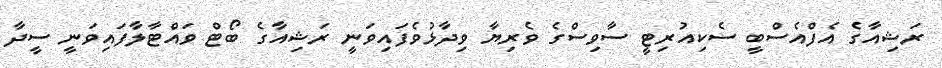
ރަޝިއާގެ އެފްއެސްބީ ސެކިއުރިޓީ ސާވިސްގެ ވެރިޔާ ވިދާޅުވެފައިވަނީ ރަޝިއާގެ ބޯޓް ވައްޓާލާފައިވަނީ ސީދާ